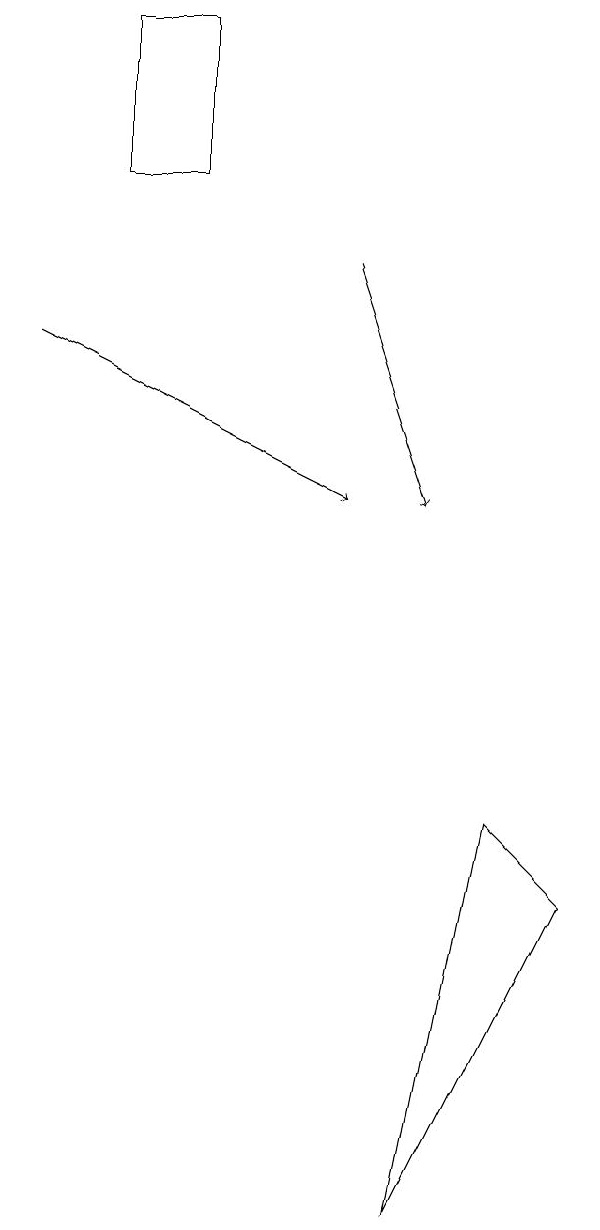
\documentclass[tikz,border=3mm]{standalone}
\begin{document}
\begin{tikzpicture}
\draw[->] (5,13) -- (6,10);
\draw[->] (1,12) -- (5,10);
\draw (3,16) rectangle (2,14);
\draw (6,1) -- (7,6) -- (8,5) -- cycle;
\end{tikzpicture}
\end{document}